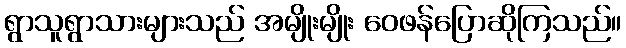
ရွာသူရွာသားများသည် အမျိုးမျိုး ဝေဖန်ပြောဆိုကြသည်။